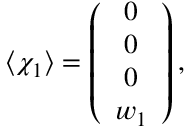
\langle \chi _ { 1 } \rangle = \left( \begin{array} { c } { { 0 } } \\ { { 0 } } \\ { { 0 } } \\ { { w _ { 1 } } } \end{array} \right) ,